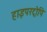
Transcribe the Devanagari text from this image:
हाइपरट्रोपि